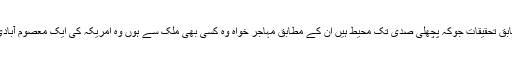
وال سٹریٹ جرنل کی ایک رپورٹ کے مطابق تحقیقات جوکہ پچھلی صدی تک محیط ہیں اُن کے مطابق مہاجر خواہ وہ کسی بھی ملک سے ہوں وہ امریکہ کی ایک معصوم آبادی ہوتے ہیں جو جرائم میں ملوث نہیں ہوتے۔